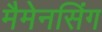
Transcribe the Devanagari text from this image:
मैमेनसिंग